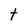
Character: t